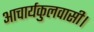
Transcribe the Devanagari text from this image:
आचार्यकुलवासी।